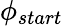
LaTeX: \phi_{start}